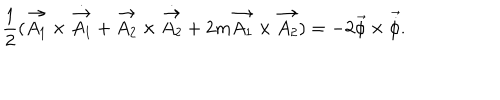
\frac { 1 } { 2 } ( \vec { A _ { 1 } } \times { \dot { \vec { A _ { 1 } } } } + \vec { A _ { 2 } } \times \dot { \vec { A _ { 2 } } } + 2 m \vec { A _ { 1 } } \times \vec { A _ { 2 } } ) = - 2 \vec { \phi } \times { \vec { \dot { \phi } } } .